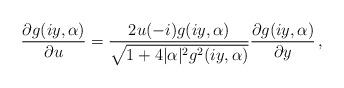
LaTeX: \begin{align*} \frac{\partial g(iy,\alpha)}{\partial u}=\frac{2u(-i)g(iy,\alpha)}{\sqrt{1+4|\alpha|^2g^2(iy,\alpha)}} \frac{\partial g(iy,\alpha)}{\partial y} \,,\end{align*}